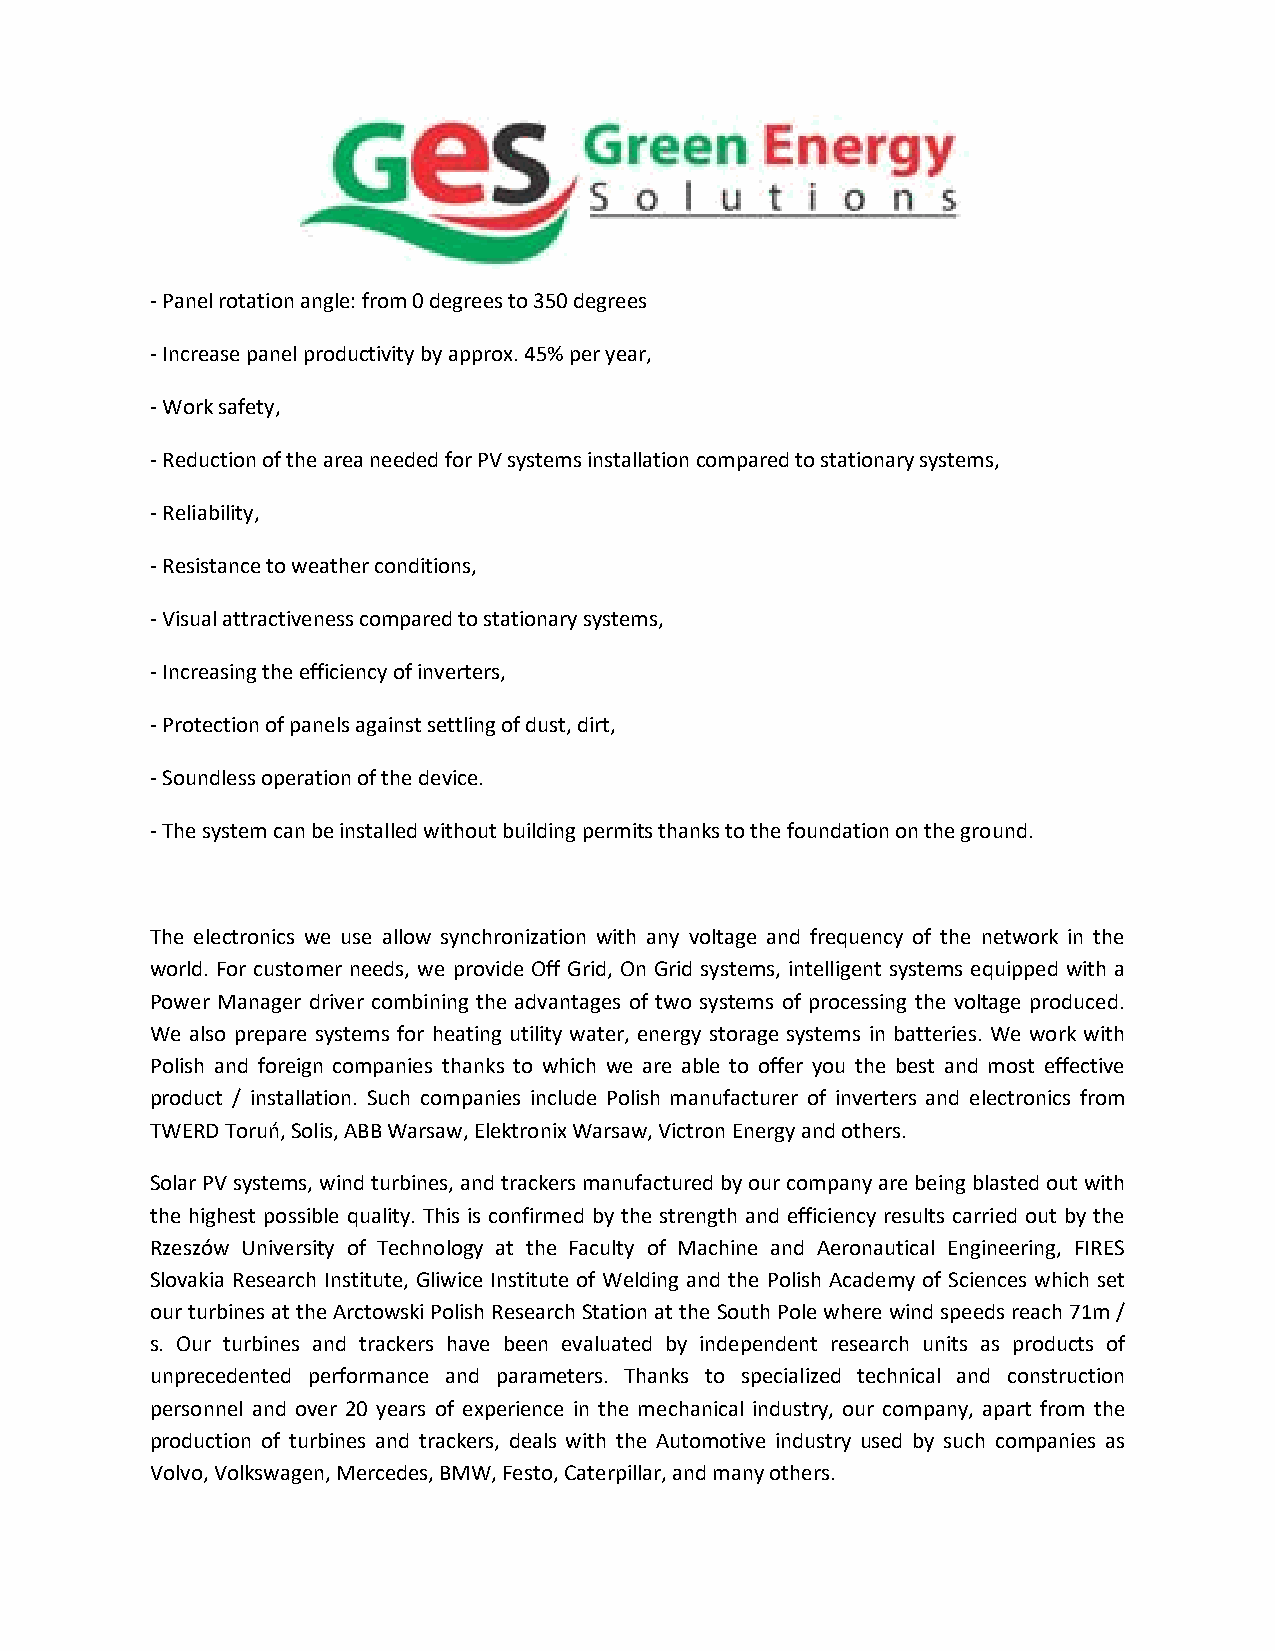
- Panel rotation angle: from 0 degrees to 350 degrees
 - Increase panel productivity by approx. 45% per year,
 - Work safety,
 - Reduction of the area needed for PV systems installation compared to stationary systems,
 - Reliability,
 - Resistance to weather conditions,
 - Visual attractiveness compared to stationary systems,
 - Increasing the efficiency of inverters,
 - Protection of panels against settling of dust, dirt,
 - Soundless operation of the device.
 - The system can be installed without building permits thanks to the foundation on the ground.
 The electronics we use allow synchronization with any voltage and frequency of the network in the
 world. For customer needs, we provide Off Grid, On Grid systems, intelligent systems equipped with a
 Power Manager driver combining the advantages of two systems of processing the voltage produced.
 We also prepare systems for heating utility water, energy storage systems in batteries. We work with
 Polish and foreign companies thanks to which we are able to offer you the best and most effective
 product / installation. Such companies include Polish manufacturer of inverters and electronics from
 TWERD Toruń, Solis, ABB Warsaw, Elektronix Warsaw, Victron Energy and others.
 Solar PV systems, wind turbines, and trackers manufactured by our company are being blasted out with
 the highest possible quality. This is confirmed by the strength and efficiency results carried out by the
 Rzeszów University of Technology at the Faculty of Machine and Aeronautical Engineering, FIRES
 Slovakia Research Institute, Gliwice Institute of Welding and the Polish Academy of Sciences which set
 our turbines at the Arctowski Polish Research Station at the South Pole where wind speeds reach 71m /
 s. Our turbines and trackers have been evaluated by independent research units as products of
 unprecedented performance and parameters. Thanks to specialized technical and construction
 personnel and over 20 years of experience in the mechanical industry, our company, apart from the
 production of turbines and trackers, deals with the Automotive industry used by such companies as
 Volvo, Volkswagen, Mercedes, BMW, Festo, Caterpillar, and many others.